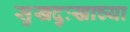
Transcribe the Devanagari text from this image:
सुखदुःखाच्या